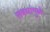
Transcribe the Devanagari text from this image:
संबधांमुळे